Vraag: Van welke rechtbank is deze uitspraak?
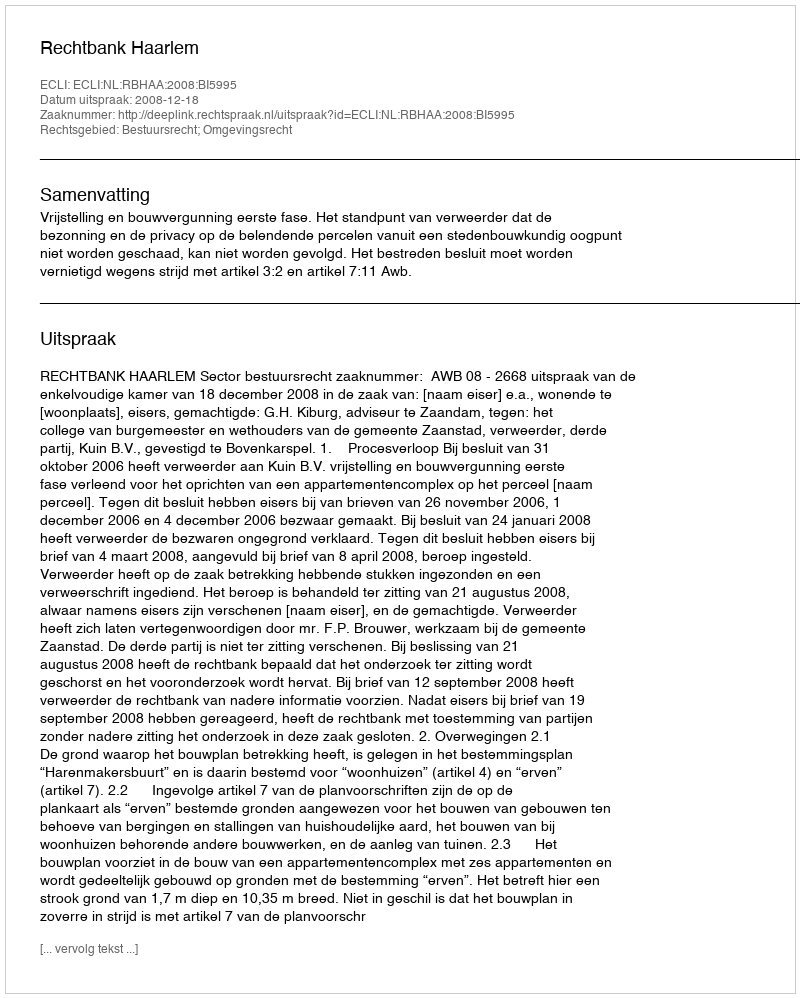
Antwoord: Rechtbank Haarlem